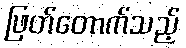
ဖြတ်တောက်သည့်